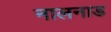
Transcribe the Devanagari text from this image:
नालनाड